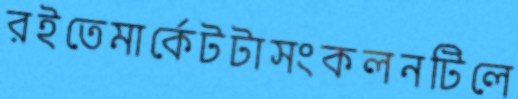
রইতেমার্কেটটাসংকলনটিলে